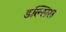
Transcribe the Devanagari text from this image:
डल्सिस